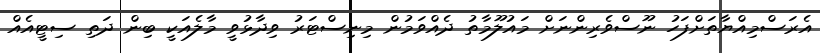
އެރަސްމިއްޔާތަށްފަހު ނޫސްވެރިންނަށް މައުލޫމާތު ދެއްވަމުން މިނިސްޓަރު ވިދާޅުވީ މާލެއަކީ ބިން ދަތި ސިޓީއެއް